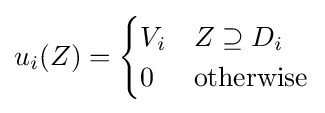
u_{i}(Z)={\begin{cases}V_{i}&Z\supseteq D_{i}\\0&{\text{otherwise}}\end{cases}}